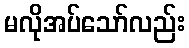
မလိုအပ်သော်လည်း